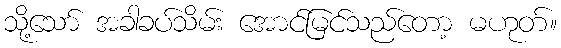
သို့သော် အခါခပ်သိမ်း အောင်မြင်သည်တော့ မဟုတ်။